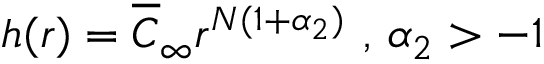
h ( r ) = \overline { { { C } } } _ { \infty } r ^ { N ( 1 + \alpha _ { 2 } ) } \mathrm { ~ , ~ } \alpha _ { 2 } > - 1